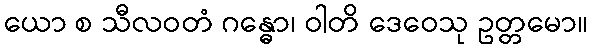
ယော စ သီလဝတံ ဂန္ဓော၊ ဝါတိ ဒေဝေသု ဥတ္တမော။